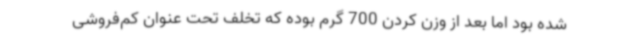
شده بود اما بعد از وزن کردن 700 گرم بوده که تخلف تحت عنوان کم‌فروشی